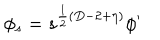
\phi _ { s } = s ^ { \frac { 1 } { 2 } ( D - 2 + \eta ) } \phi ^ { \prime }